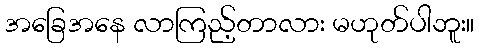
အခြေအနေ လာကြည့်တာလား မဟုတ်ပါဘူး။